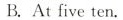
B.At five ten.